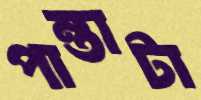
পান্তাটা